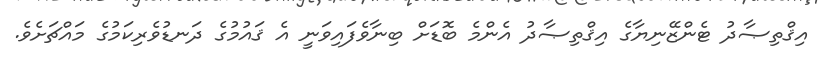
އިޤްތިޞާދު ޓެންޒޭނިޔާގެ އިޤްތިޞާދު އެންމެ ބޮޑަށް ބިނާވެފައިވަނީ އެ ޤައުމުގެ ދަނޑުވެރިކަމުގެ މައްޗަށެވެ.